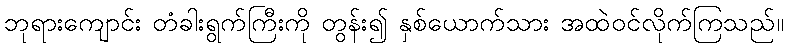
ဘုရားကျောင်း တံခါးရွက်ကြီးကို တွန်း၍ နှစ်ယောက်သား အထဲဝင်လိုက်ကြသည်။